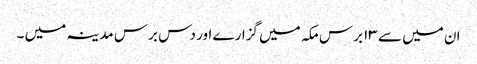
ان میں سے ۱۳ برس مکہ میں گزارے اور دس برس مدینہ میں ۔